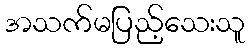
အသက်မပြည့်သေးသူ